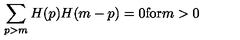
\sum _ { p > m } H ( p ) H ( m - p ) = 0 \mathrm { f o r } m > 0